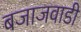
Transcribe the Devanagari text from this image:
बजाजवाडी